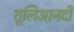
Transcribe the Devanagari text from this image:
शूलिआनदी